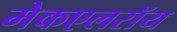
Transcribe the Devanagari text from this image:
मेकएलरॉय